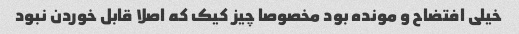
خیلی افتضاح و مونده بود مخصوصا چیز کیک که اصلا قابل خوردن نبود